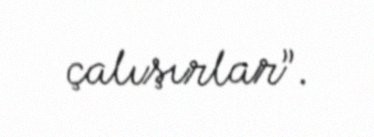
çalışırlar”.